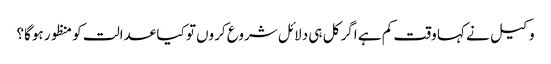
وکیل نے کہا وقت کم ہے اگر کل ہی دلائل شروع کروں تو کیا عدالت کو منظور ہوگا؟